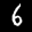
Label: 6